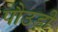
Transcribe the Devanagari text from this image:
पौउड़ी